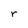
Character: r